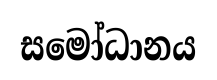
සමෝධානය